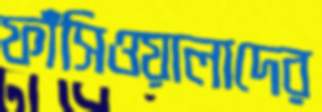
ফাঁসিওয়ালাদের